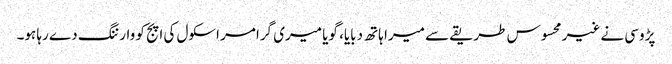
پڑوسی نے غیر محسوس طریقے سے میرا ہاتھ دبایا، گویا میری گرامر اسکول کی اپج کو وارننگ دے رہا ہو۔